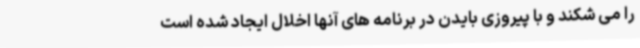
را می شکند و با پیروزی بایدن در برنامه های آنها اخلال ایجاد شده است